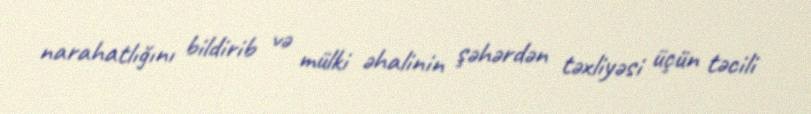
narahatlığını bildirib və mülki əhalinin şəhərdən təxliyəsi üçün təcili